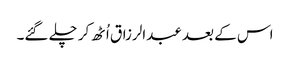
اس کے بعد عبدالرزاق اُٹھ کر چلے گئے۔